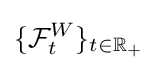
\{{\mathcal {F}}_{t}^{W}\}_{t\in \mathbb {R} _{+}}